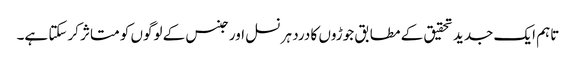
تاہم ایک جدید تحقیق کے مطابق جوڑوں کا درد ہر نسل اور جنس کے لوگوں کو متاثر کرسکتا ہے۔